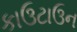
કાઉટાઉન